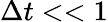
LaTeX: \Delta t<<1